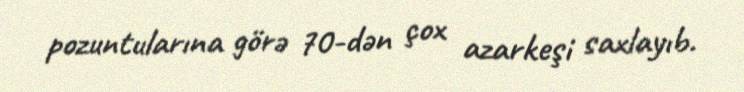
pozuntularına görə 70-dən çox azarkeşi saxlayıb.